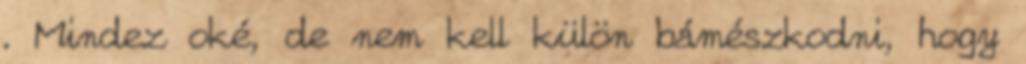
. Mindez oké, de nem kell külön bámészkodni, hogy